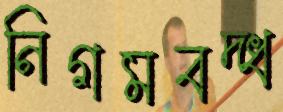
নিগমবদ্ধ